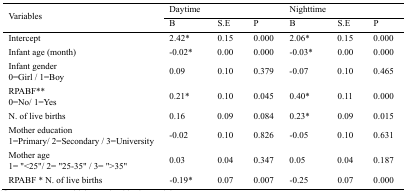
| <ROWSPAN=3> Variables | <COLSPAN=3> Daytime | <COLSPAN=3> Nighttime |
 | Β | S.E | P | Β | S.E | P |
 | --- | --- | --- | --- | --- | --- | --- |
 | Intercept | 2.42* | 0.15 | 0.000 | 2.06* | 0.15 | 0.000 |
 | Infant age (month) | -0.02* | 0.00 | 0.000 | -0.03* | 0.00 | 0.000 |
 | Infant gender 0=Girl / 1=Boy | 0.09 | 0.10 | 0.379 | -0.07 | 0.10 | 0.465 |
 | RPABF** 0=No/ 1=Yes | 0.21* | 0.10 | 0.045 | 0.40* | 0.11 | 0.000 |
 | N. of live births | 0.16 | 0.09 | 0.084 | 0.23* | 0.09 | 0.015 |
 | Mother education 1=Primary/ 2=Secondary / 3=University | -0.02 | 0.10 | 0.826 | -0.05 | 0.10 | 0.631 |
 | Mother age 1= “<25”/ 2= “25-35” / 3= “>35” | 0.03 | 0.04 | 0.347 | 0.05 | 0.04 | 0.187 |
 | RPABF * N. of live births | -0.19* | 0.07 | 0.007 | -0.25 | 0.07 | 0.000 |